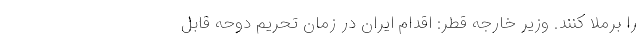
را برملا کنند. وزیر خارجه قطر: اقدام ایران در زمان تحریم دوحه قابل